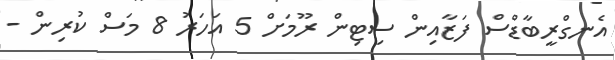
އެނގްރީބާޑްސް ފަޒާއިން ސިޓިން ރޫމަށް 5 އަހަރު 8 މަސް ކުރިން -